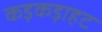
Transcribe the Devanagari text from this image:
कड़कड़ाहट